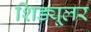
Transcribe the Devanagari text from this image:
शिड्यूलर